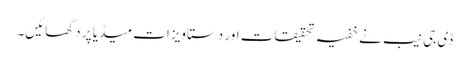
ڈی جی نیب نے خفیہ تحقیقات اور دستاویزات میڈیا پر دکھائیں۔